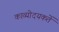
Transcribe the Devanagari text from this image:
काव्योदयकर्ते